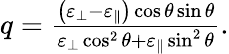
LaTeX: \begin{array}{r}{q=\frac{\left(\varepsilon_{\perp}-\varepsilon_{\parallel}\right)\cos\theta\sin\theta}{\varepsilon_{\perp}\cos^{2}\theta+\varepsilon_{\parallel}\sin^{2}\theta}.}\end{array}